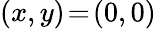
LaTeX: (x,y)\! =\! (0,0)